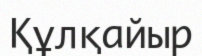
Құлқайыр